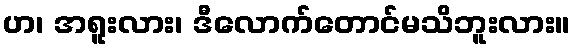
ဟ၊ အရူးလား၊ ဒီလောက်တောင်မသိဘူးလား။